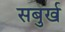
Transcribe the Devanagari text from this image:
सबुर्ख